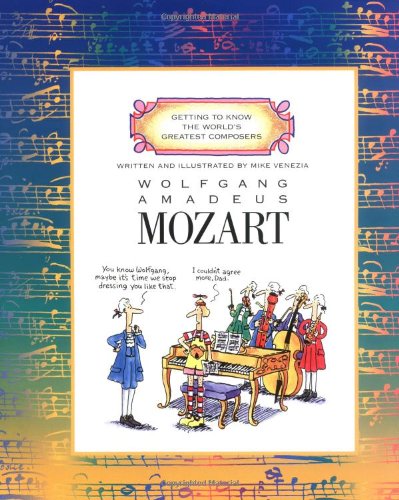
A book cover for Wolfgang Amadeus Mozart (Getting to Know the World's Greatest Composers); Mike Venezia; Children's Books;